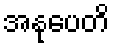
အနုပေတိ